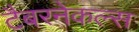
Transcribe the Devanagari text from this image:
टैबरनेकल्स